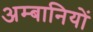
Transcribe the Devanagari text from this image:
अम्बानियों